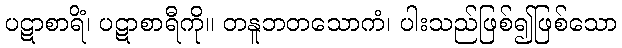
ပဋာစာရိံ၊ ပဋာစာရီကို။ တနူဘတသောကံ၊ ပါးသည်ဖြစ်၍ဖြစ်သော